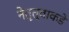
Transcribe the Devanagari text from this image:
नेतृत्वाकडे